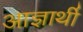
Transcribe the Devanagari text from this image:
आज्ञार्थी